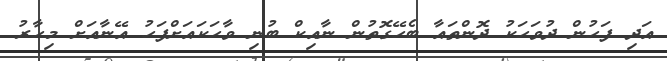
އަދި ފަހުން ދުވަހަކު ދޮންތައާ ބެހޭގޮތުން ނާއިކް ބުނި ވާހަކައަށްފަހު އޭނާއަށް މިހާރު